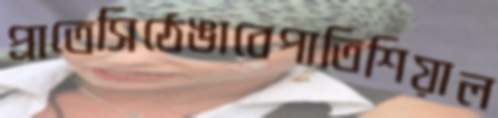
প্রাতেসিঠেঙাবেপাতিশিয়াল